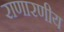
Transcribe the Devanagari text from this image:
राणारणीय